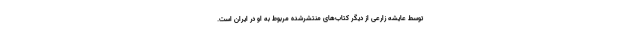
توسط عایشه زارعی از دیگر کتاب‌های منتشرشده مربوط به او در ایران است.